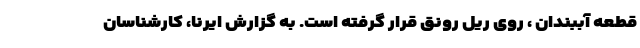
قطعه آببندان ، روی ریل رونق قرار گرفته است. به گزارش ایرنا، کارشناسان